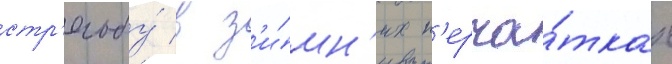
стр'ельбу́ в з'и́мн'их п'ерча́тках